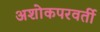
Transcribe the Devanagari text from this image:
अशोकपरवर्ती